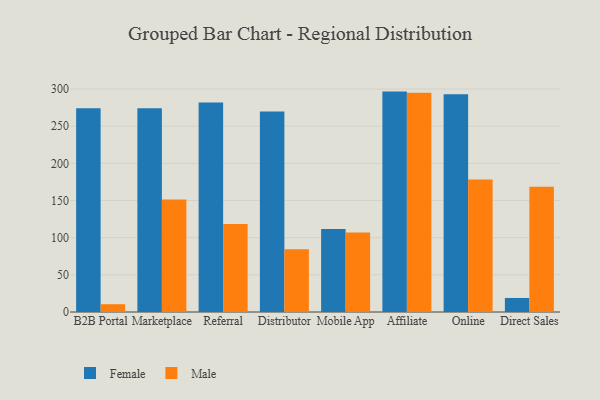
{"axis": {"x": "Channel", "y": "Demand Index"}, "legend": ["Female", "Male"], "data": [{"x": "B2B Portal", "y": 274.3, "type": "Female"}, {"x": "B2B Portal", "y": 10.5, "type": "Male"}, {"x": "Marketplace", "y": 274.2, "type": "Female"}, {"x": "Marketplace", "y": 151.3, "type": "Male"}, {"x": "Referral", "y": 281.9, "type": "Female"}, {"x": "Referral", "y": 118.4, "type": "Male"}, {"x": "Distributor", "y": 269.9, "type": "Female"}, {"x": "Distributor", "y": 84.6, "type": "Male"}, {"x": "Mobile App", "y": 111.7, "type": "Female"}, {"x": "Mobile App", "y": 106.9, "type": "Male"}, {"x": "Affiliate", "y": 296.6, "type": "Female"}, {"x": "Affiliate", "y": 295.0, "type": "Male"}, {"x": "Online", "y": 293.1, "type": "Female"}, {"x": "Online", "y": 178.4, "type": "Male"}, {"x": "Direct Sales", "y": 18.9, "type": "Female"}, {"x": "Direct Sales", "y": 168.4, "type": "Male"}]}